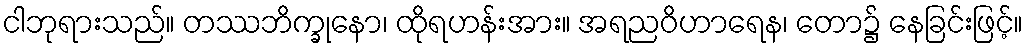
ငါဘုရားသည်။ တဿဘိက္ခုနော၊ ထိုရဟန်းအား။ အရညဝိဟာရေန၊ တော၌ နေခြင်းဖြင့်။